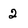
Character: 2